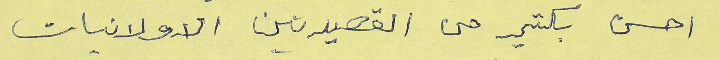
احسن بكتير من القصيدتين الاولانيات